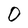
Character: O